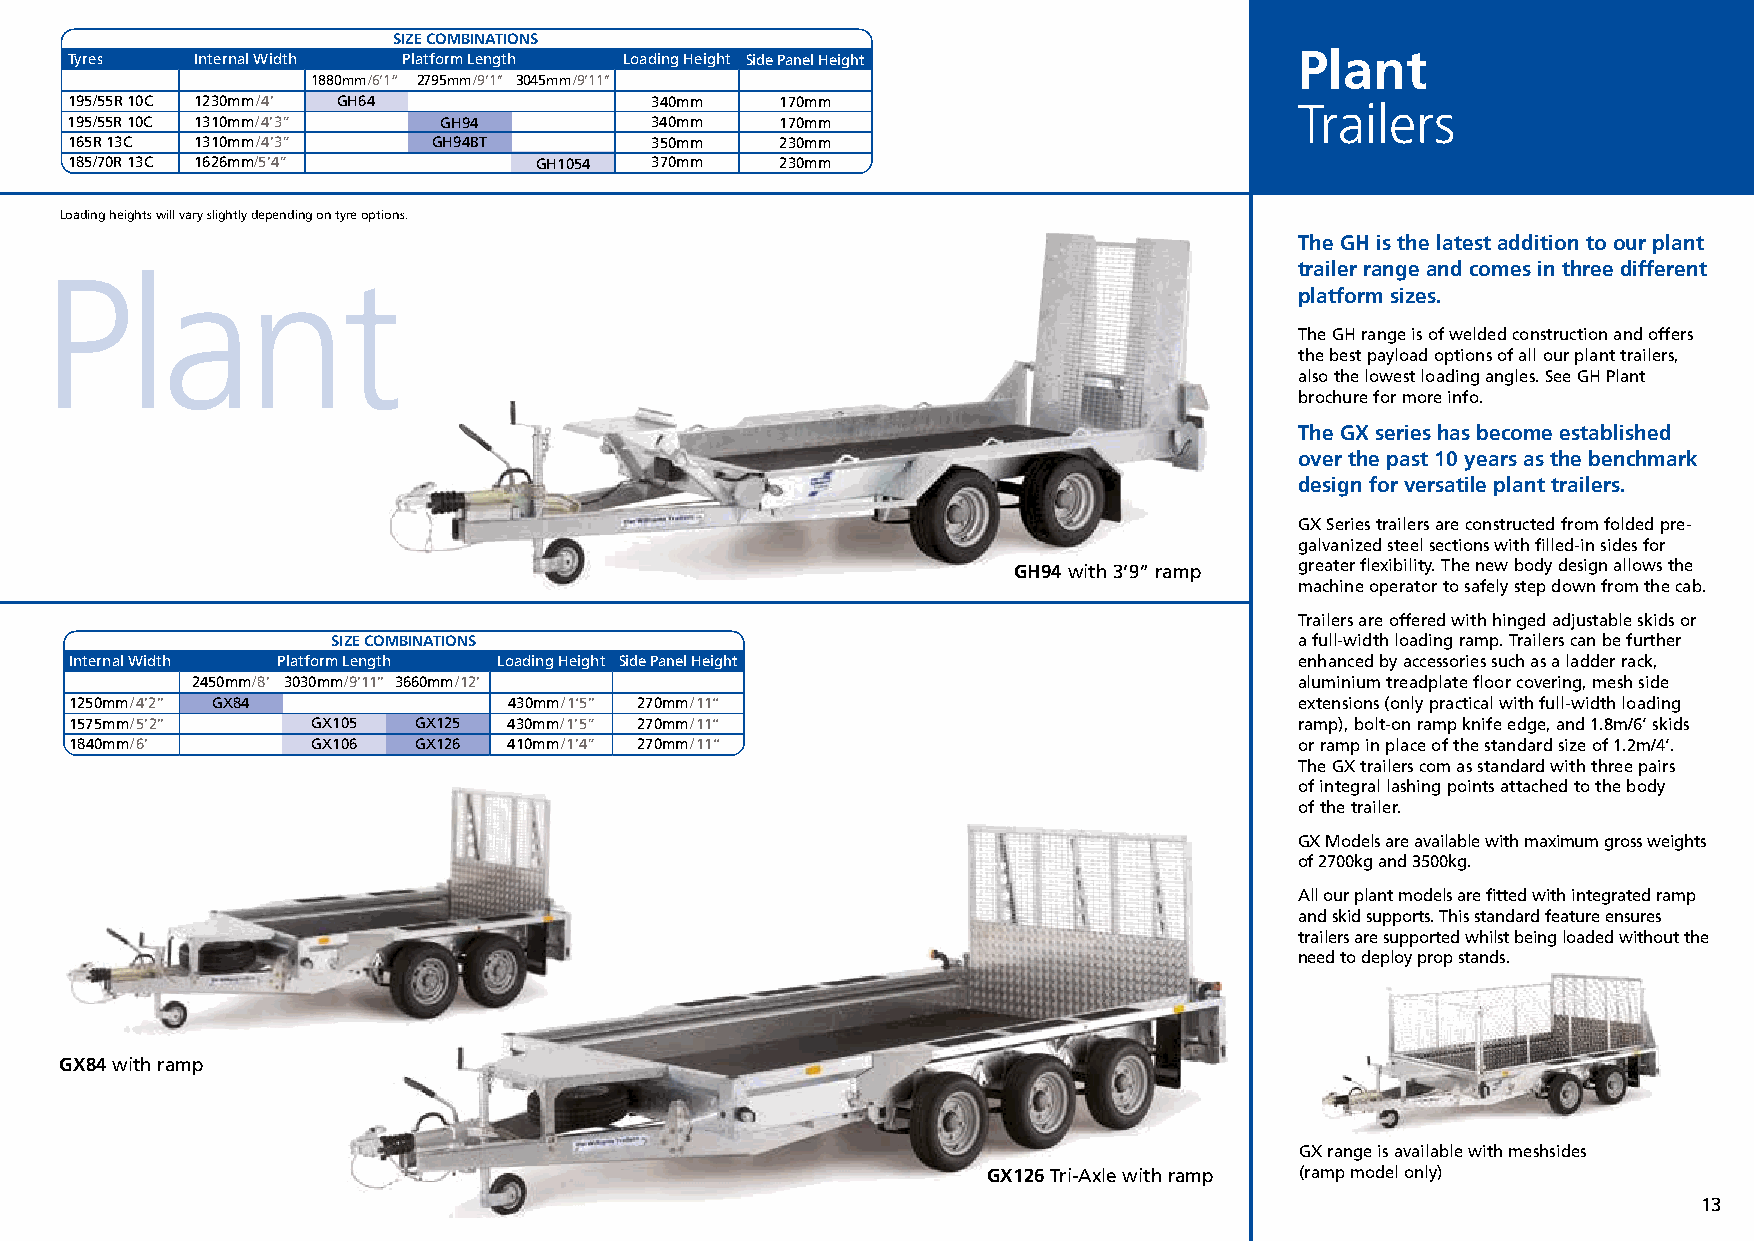
Commercial Brochure 04_12 21/12/15 13:00 Page 13
 SIZE COMBINATIONS
 Plant
 Tyres    Internal Width Platform Length Loading Height Side Panel Height
 1880mm/6’1” 2795mm/9’1’’ 3045mm/9’11’’
 195/55R 10C 1230mm/4’ GH64             340mm    170mm                             Trailers
 195/55R 10C 1310mm/4’3”  GH94          340mm    170mm
 165R 13C 1310mm/4’3”     GH94BT        350mm    230mm
 185/70R 13C 1626mm/5’4”        GH1054  370mm    230mm
 Loading heights will vary slightly depending on tyre options.
 The GH is the latest addition to our plant
 Plant                                                                              trailer range and comes in three different
 platform sizes.
 The GH range is of welded construction and offers
 the best payload options of all our plant trailers,
 also the lowest loading angles. See GH Plant
 brochure for more info.
 The GX series has become established
 over the past 10 years as the benchmark
 design for versatile plant trailers.
 GX Series trailers are constructed from folded pre-
 galvanized steel sections with filled-in sides for
 GH94 with 3’9” ramp greater flexibility. The new body design allows the
 machine operator to safely step down from the cab.
 Trailers are offered with hinged adjustable skids or
 SIZE COMBINATIONS                                               a full-width loading ramp. Trailers can be further
 Internal Width Platform Length Loading Height Side Panel Height                  enhanced by accessories such as a ladder rack,
 2450mm/8’ 3030mm/9’11’’ 3660mm/12’                                       aluminium treadplate floor covering, mesh side
 1250mm/4’2’’ GX84            430mm/1‘5’’ 270mm/11‘‘                              extensions (only practical with full-width loading
 1575mm/5’2’’    GX105 GX125  430mm/1’5” 270mm/11‘‘                               ramp), bolt-on ramp knife edge, and 1.8m/6’ skids
 1840mm/6’       GX106 GX126  410mm/1’4” 270mm/11‘‘                               or ramp in place of the standard size of 1.2m/4’.
 The GX trailers com as standard with three pairs
 of integral lashing points attached to the body
 of the trailer.
 GX Models are available with maximum gross weights
 of 2700kg and 3500kg.
 All our plant models are fitted with integrated ramp
 and skid supports. This standard feature ensures
 trailers are supported whilst being loaded without the
 need to deploy prop stands.
 GX84 with ramp
 GX range is available with meshsides
 GX126 Tri-Axlewith ramp (ramp model only)
 13